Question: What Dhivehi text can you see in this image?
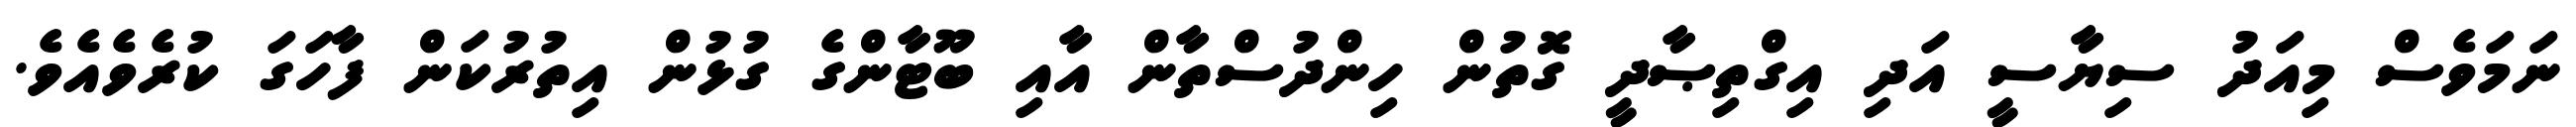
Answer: ނަމަވެސް މިއަދު ސިޔާސީ އަދި އިގްތިޞާދީ ގޮތުން ހިންދުސްތާން އާއި ބޫޓާންގެ ގުޅުން އިތުރުކަން ފާހަގަ ކުރެވެއެވެ.